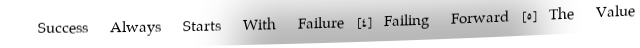
Success Always Starts With Failure [۴] Failing Forward [۵] The Value